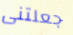
جعلتنى